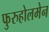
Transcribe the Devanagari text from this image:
फुरुहोलमेन